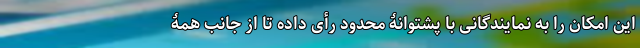
این امکان را به نمایندگانی با پشتوانۀ محدود رأی داده تا از جانب همۀ